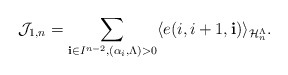
\begin{align*}\mathcal{J}_{1,n}=\sum_{\mathbf{i}\in I^{n-2},(\alpha_i,\Lambda)>0}\langle e(i,i+1,\mathbf{i}) \rangle_{\mathcal{H}_{n}^{\Lambda}}.\end{align*}